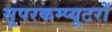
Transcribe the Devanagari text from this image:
सूपरकम्प्यूटरों